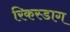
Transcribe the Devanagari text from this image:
रिकस्डाग